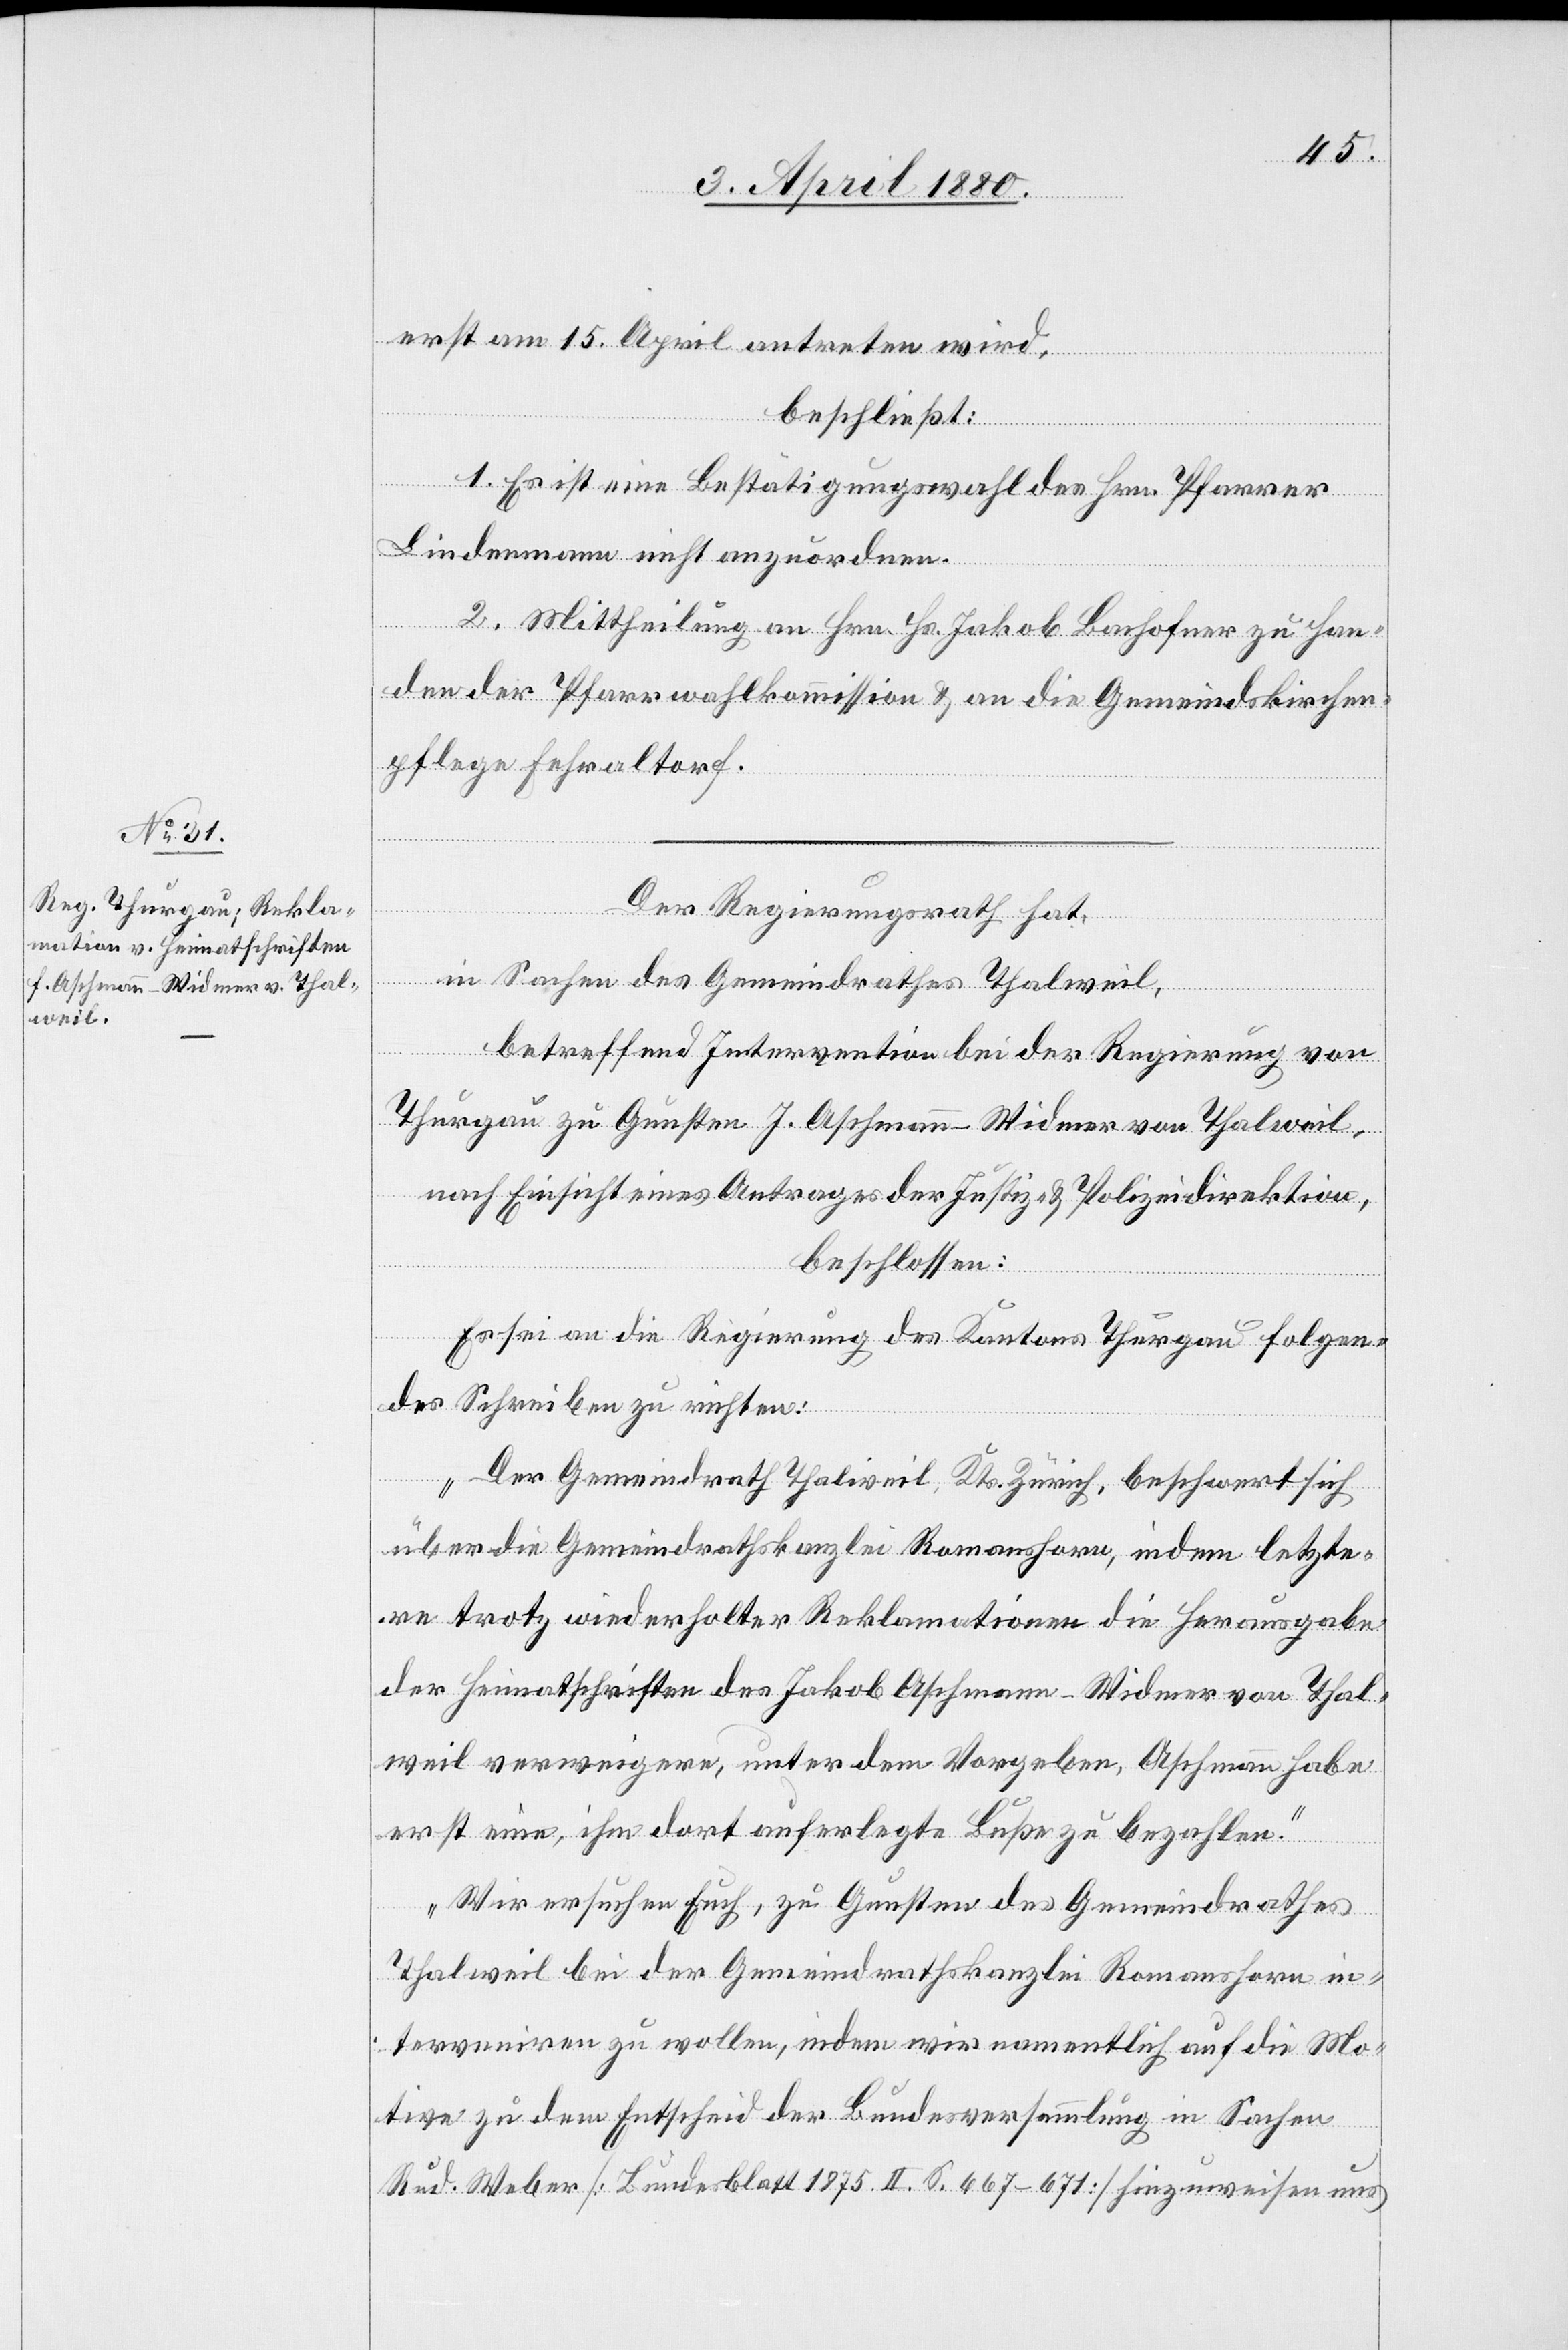
erst am 15. April antreten wird,
beschließt:
1. Es ist eine Bestätigungswahl des Hrn. Pfarrer
Biedermann nicht anzuordnen.
2. Mittheilung an Hrn. Hs. Jakob Bachofner zu Han¬
den der Pfarrwahlkommission & an die Gemeindskirchen¬
pflege Fehraltorf.